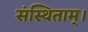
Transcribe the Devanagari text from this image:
संस्थिताम्‌।